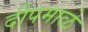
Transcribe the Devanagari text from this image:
दीपमाळे